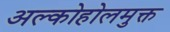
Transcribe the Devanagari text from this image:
अल्कोहोलमुक्त